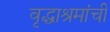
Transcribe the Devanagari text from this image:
वृद्धाश्रमांची